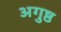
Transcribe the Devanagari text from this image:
अगुष्ठ